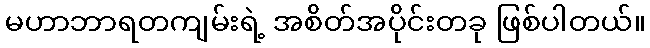
မဟာဘာရတကျမ်းရဲ့ အစိတ်အပိုင်းတခု ဖြစ်ပါတယ်။